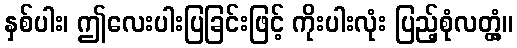
နှစ်ပါး၊ ဤလေးပါးပြခြင်းဖြင့် ကိုးပါးလုံး ပြည့်စုံလတ္တံ့။